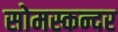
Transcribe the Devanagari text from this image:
सोमस्कन्दर